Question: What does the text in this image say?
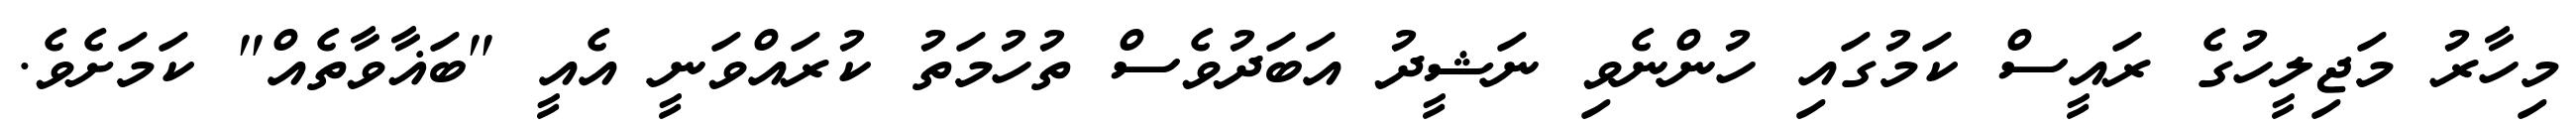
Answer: މިހާރު މަޖިލީހުގެ ރައީސް ކަމުގައި ހުންނެވި ނަޝީދު އަބަދުވެސް ތުހުމަތު ކުރައްވަނީ އެއީ "ބަޣާވާތެއް" ކަމަށެވެ.